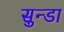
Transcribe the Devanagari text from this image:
सुन्डा